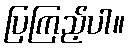
ပြကြည့်ပါ။